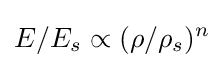
E/E_{s}\propto (\rho /\rho _{s})^{n}